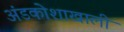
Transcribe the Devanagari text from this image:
अंडकोशाखाली